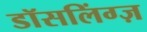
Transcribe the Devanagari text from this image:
डॉसलिंग्ज़